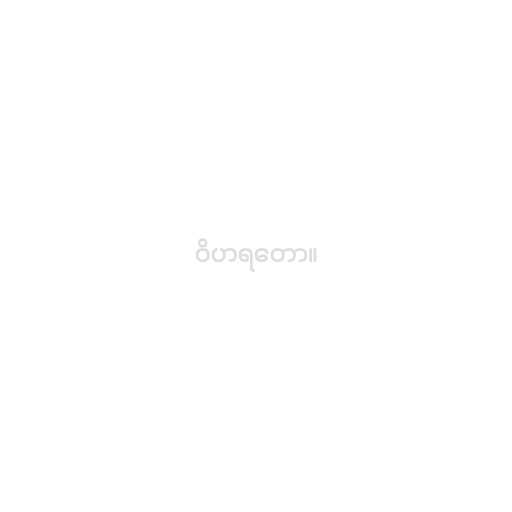
ဝိဟရတော။